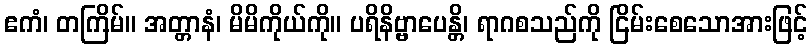
ဧကံ၊ တကြိမ်။ အတ္တာနံ၊ မိမိကိုယ်ကို။ ပရိနိဗ္ဗာပေန္တိ၊ ရာဂစသည်ကို ငြိမ်းစေသောအားဖြင့်